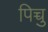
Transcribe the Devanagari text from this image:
पिच्चु